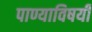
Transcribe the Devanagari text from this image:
पाण्याविषयी